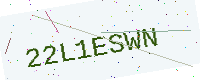
Text: 22L1ESWN